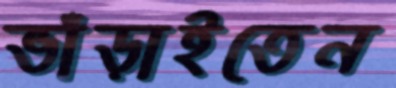
ভাঁড়াইতেন